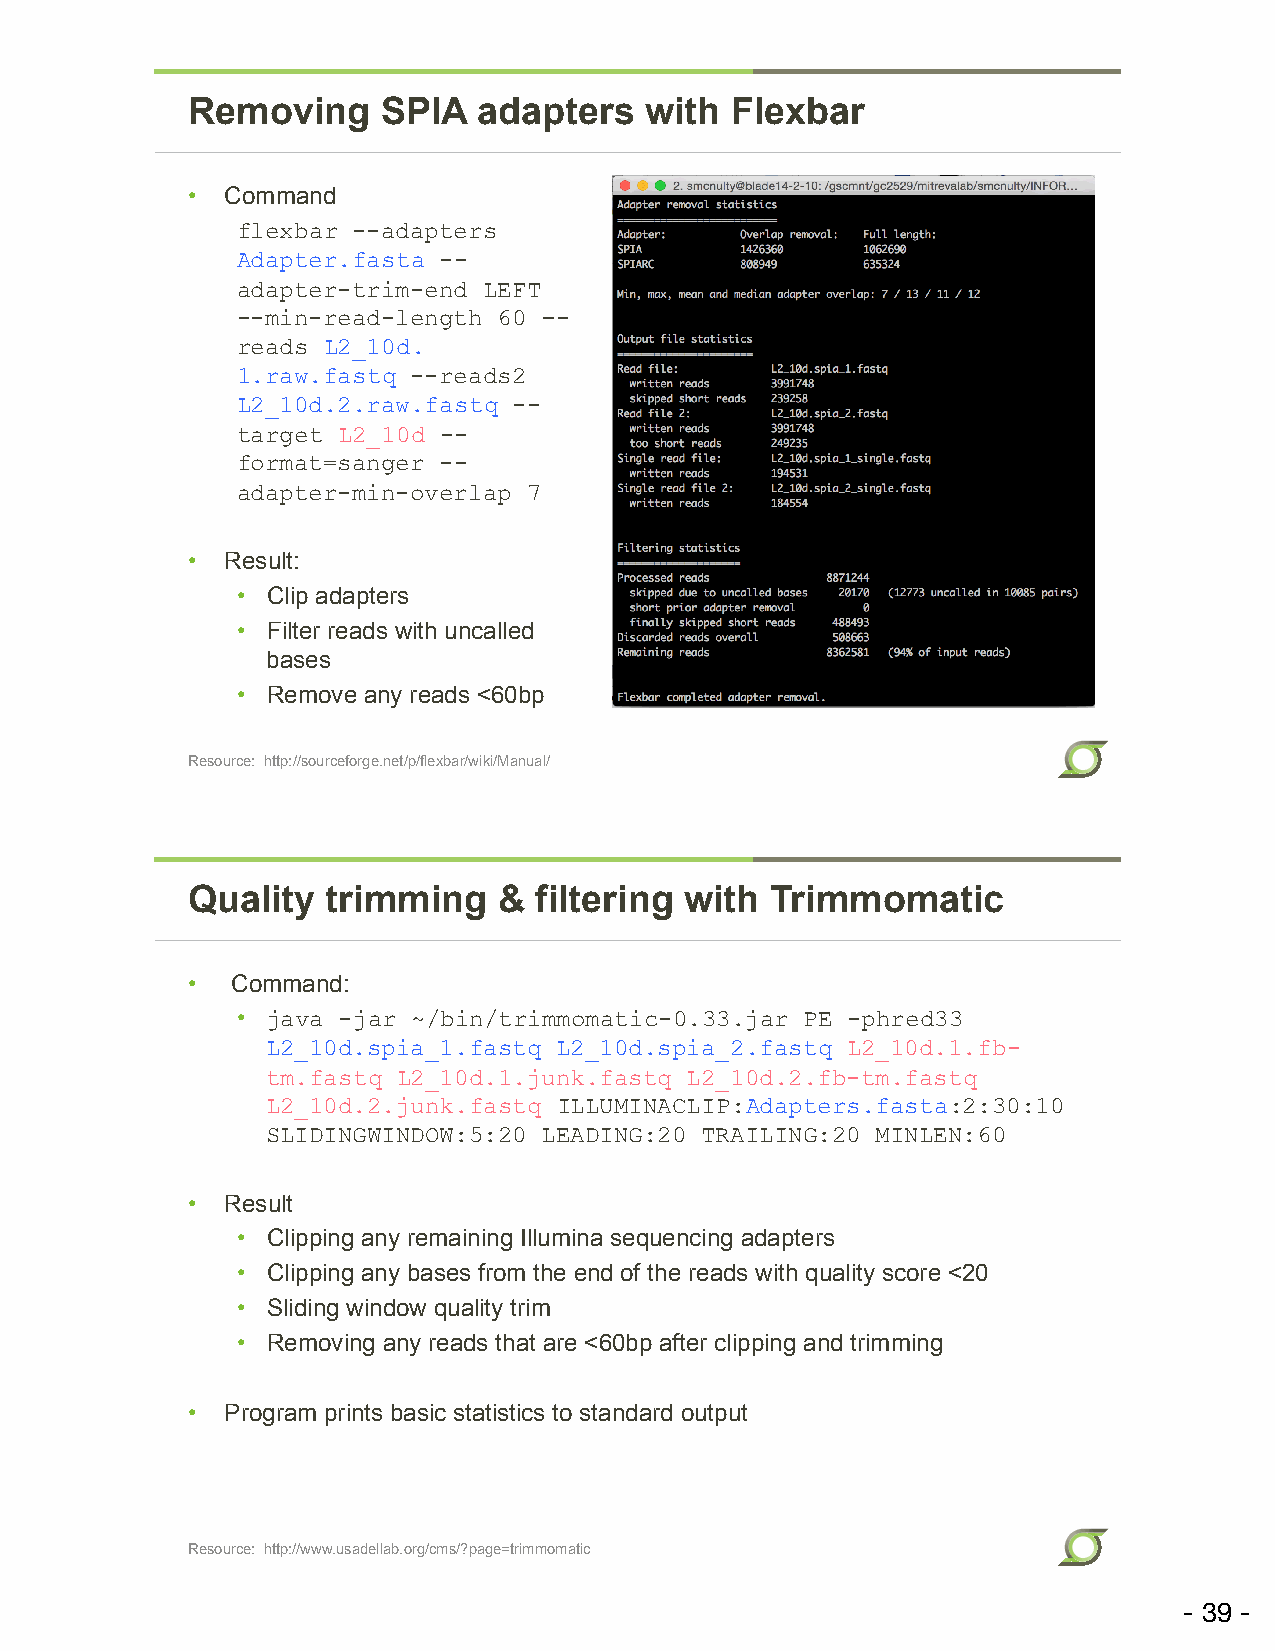
Removing     SPIA   adapters   with Flexbar
 •  Command
 flexbar --adapters
 Adapter.fasta --
 adapter-trim-end LEFT
 --min-read-length 60 –-
 reads L2_10d.
 1.raw.fastq --reads2
 L2_10d.2.raw.fastq --
 target L2_10d --
 format=sanger --
 adapter-min-overlap 7
 •  Result:
 • Clip adapters
 • Filter reads with uncalled
 bases
 • Remove any reads <60bp
 Resource: http://sourceforge.net/p/flexbar/wiki/Manual/
 Quality   trimming   & filtering with  Trimmomatic
 •  Command:
 • java -jar ~/bin/trimmomatic-0.33.jar PE -phred33
 L2_10d.spia_1.fastq L2_10d.spia_2.fastq L2_10d.1.fb-
 tm.fastq L2_10d.1.junk.fastq L2_10d.2.fb-tm.fastq
 L2_10d.2.junk.fastq ILLUMINACLIP:Adapters.fasta:2:30:10
 SLIDINGWINDOW:5:20 LEADING:20 TRAILING:20 MINLEN:60
 •  Result
 • Clipping any remaining Illumina sequencing adapters
 • Clipping any bases from the end of the reads with quality score <20
 • Sliding window quality trim
 • Removing any reads that are <60bp after clipping and trimming
 •  Program prints basic statistics to standard output
 Resource: http://www.usadellab.org/cms/?page=trimmomatic